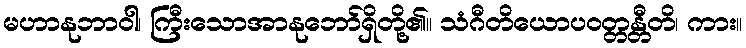
မဟာနုဘာဝါ၊ ကြီးသောအာနုဘော်ရှိတို့၏။ သံဂီတိယောပဝတ္တန္တီတိ၊ ကား။